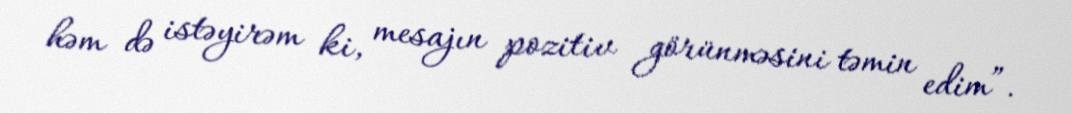
həm də istəyirəm ki, mesajın pozitiv görünməsini təmin edim”.